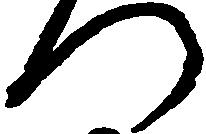
つ